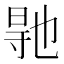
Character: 𭔳